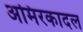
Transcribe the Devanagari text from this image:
अमिरकादल